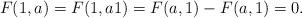
LaTeX: \begin{align*}F(1,a)=F(1,a1)=F(a,1)-F(a,1)=0.\end{align*}